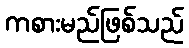
ကစားမည်ဖြစ်သည်